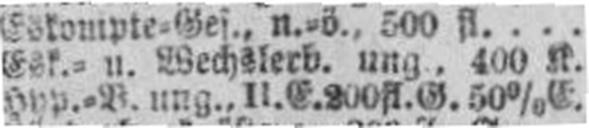
Hyp.=B. ung., II. E. 200 fl. G. 50% E.